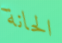
الحانة